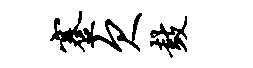
蹇欠鼓